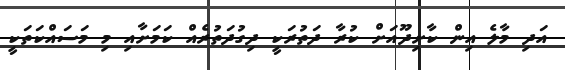
އަދި މާލެ އިން ކާށިދޫއަށް ކުރާ ދަތުރަކީ ދިގުދަތުރެއް ކަމަށާއި މި މަސައްކަތަކީ